system: You are a helpful assistant.
user:
Analyze the provided spectrum to determine if it is a **"Cataclysmic Variables (CV)"**.

- **Key Indicators for CV (Check for either state):**
    - **State 1: Quiescent / Low-State (Emission-Dominated)**
        - **(Primary):** Strong and *very broad* Hydrogen Balmer emission lines (e.g., $H\alpha$ at 6563 Å, $H\beta$ at 4861 Å). The 'broadness' (high velocity dispersion, often FWHM > 1000 km/s) is the key diagnostic, indicating a high-velocity accretion disk.
        - **(Secondary):** Broad neutral Helium (He I) emission lines (e.g., 5876 Å, 6678 Å).
        - **(Key Confirmation):** Presence of high-excitation *ionized* Helium (He II) emission at 4686 Å. This is a strong indicator of accretion onto a white dwarf.
        - **(Line Profile):** Emission lines may exhibit a 'double-peaked' profile, which is a classic signature of a rotating accretion disk viewed at high inclination.

    - **State 2: Outburst / High-State (Absorption-Dominated)**
        - **(Primary):** Spectrum is dominated by a bright, blue continuum (looks like a hot star).
        - **(Secondary):** The emission lines from State 1 are weak, absent, or 'filled in', and are replaced by broad, shallow *absorption* lines (primarily Balmer and He I).
        - **(Morphology):** The overall spectrum mimics a hot B/A-type star. The crucial difference is that the absorption lines are significantly broader, shallower, and more 'washed-out' (or 'smeared') than the sharp lines of a normal stellar photosphere, due to high rotational speeds and pressure broadening in the disk.

Think first, call **spectral_visualization_tool** if needed to examine features in detail, then provide your final answer. Your response must adhere to the following strict rules:
1.  **Overall Structure:** Your response must follow the format `<think>...</think> <tool_call>...</tool_call> (if a tool is used) <answer>...</answer>`.
2.  **Tool Usage Constraint:** You may only make **one** tool call per turn.
3.  **Final Answer Format:** In the `<answer>` tag, your conclusion must be inside a `\boxed{}` command (e.g., `\boxed{YES}`), followed by your justification.

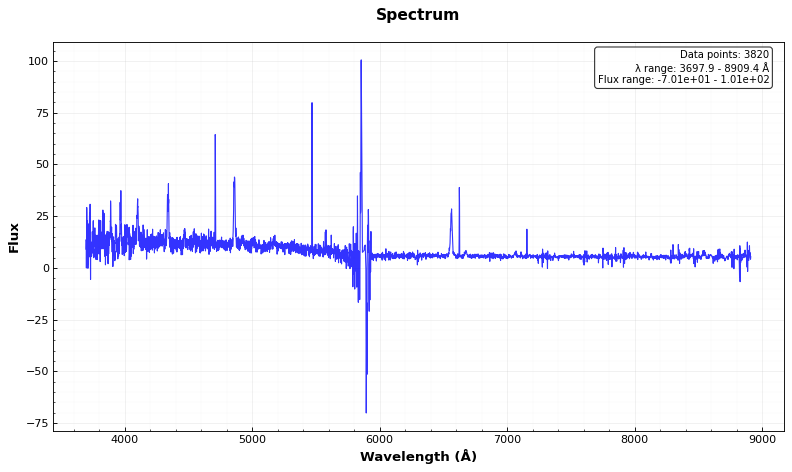
Answer: YES